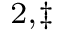
^ { 2 , \ddagger }